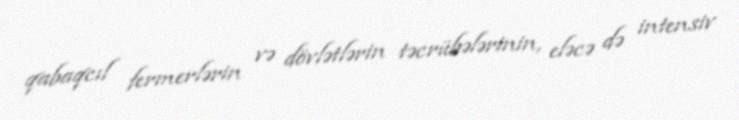
qabaqcıl fermerlərin və dövlətlərin təcrübələrinin, eləcə də intensiv